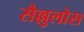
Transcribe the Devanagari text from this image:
सैल्लुलोस